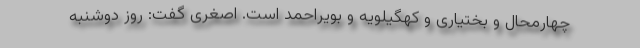
چهارمحال و بختیاری و کهگیلویه و بویراحمد است. اصغری گفت: روز دوشنبه